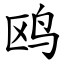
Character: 鸥